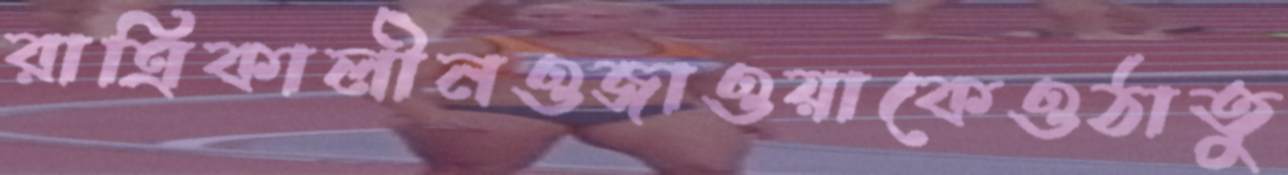
রাত্রিকালীনওজাওয়াকেওঠাতু